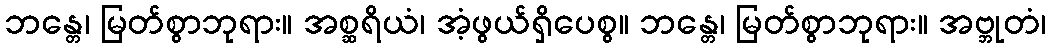
ဘန္တေ၊ မြတ်စွာဘုရား။ အစ္ဆရိယံ၊ အံ့ဖွယ်ရှိပေစွ။ ဘန္တေ၊ မြတ်စွာဘုရား။ အဗ္ဘုတံ၊